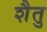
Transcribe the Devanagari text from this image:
शैतु